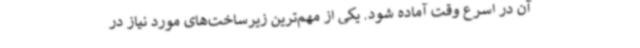
آن در اسرع وقت آماده شود. یکی از مهم‌ترین زیرساخت‌های مورد نیاز در